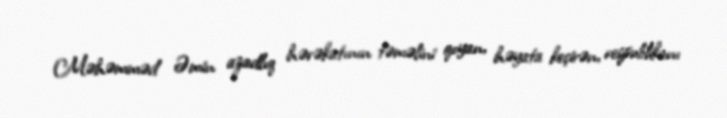
Məhəmməd Əmin azadlıq hərəkatının təməlini qoyan, həyata keçirən, respublikanı